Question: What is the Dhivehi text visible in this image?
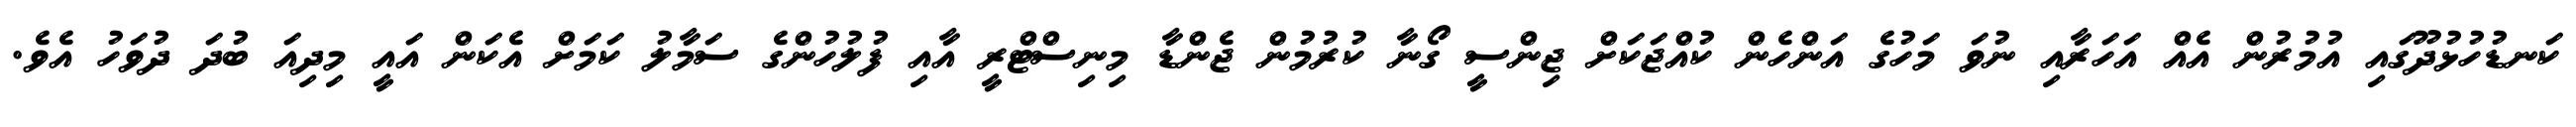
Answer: ކަނޑުހުޅުދޫގައި އުމުރުން އެއް އަހަރާއި ނުވަ މަހުގެ އަންހެން ކުއްޖަކަށް ޖިންސީ ގޯނާ ކުރުމުން ޖެންޑާ މިނިސްޓްރީ އާއި ފުލުހުންގެ ސަމާލު ކަމަށް އެކަން އައީ މިދިއަ ބުދަ ދުވަހު އެވެ.